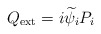
\begin{align*} Q_{\rm ext} = i \widetilde{\psi}_i P_i\end{align*}